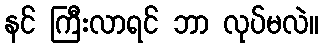
နင် ကြီးလာရင် ဘာ လုပ်မလဲ။